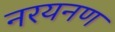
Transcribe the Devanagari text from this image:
नरयनण